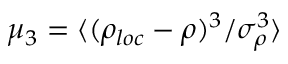
\mu _ { 3 } = \langle ( \rho _ { l o c } - \rho ) ^ { 3 } / \sigma _ { \rho } ^ { 3 } \rangle